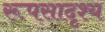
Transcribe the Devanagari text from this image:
रूपसादृश्य